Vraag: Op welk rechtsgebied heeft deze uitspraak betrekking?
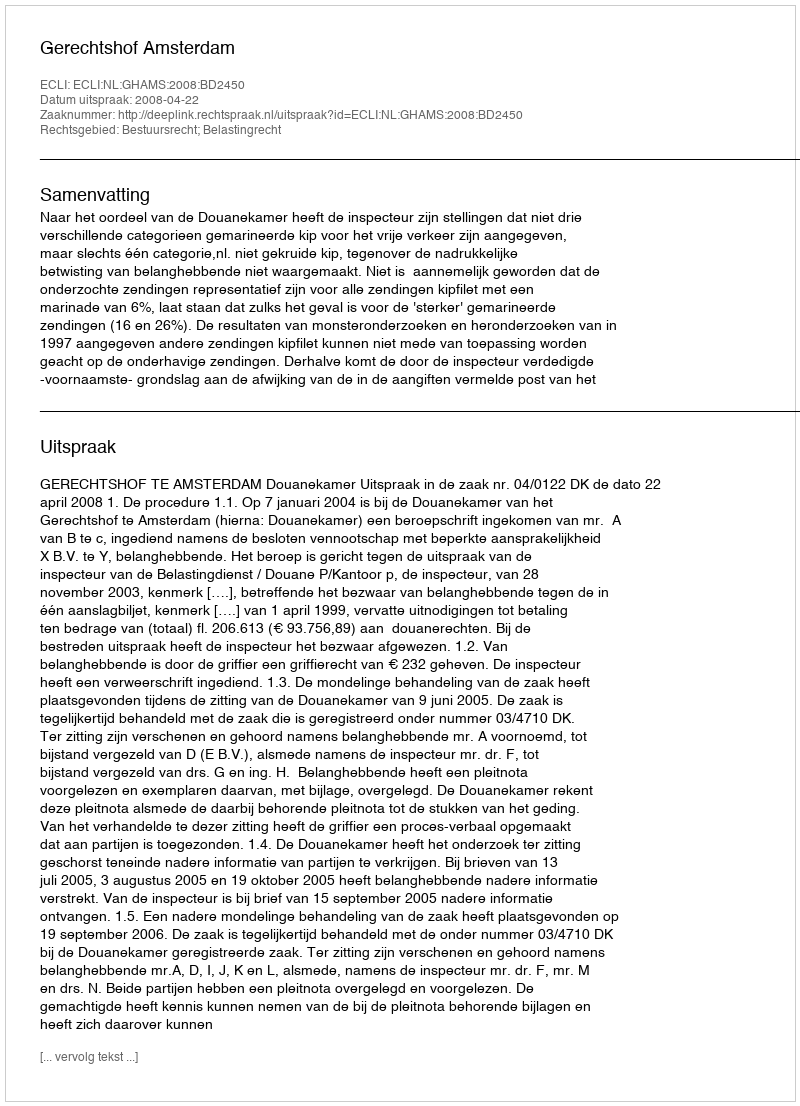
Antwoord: Bestuursrecht; Belastingrecht